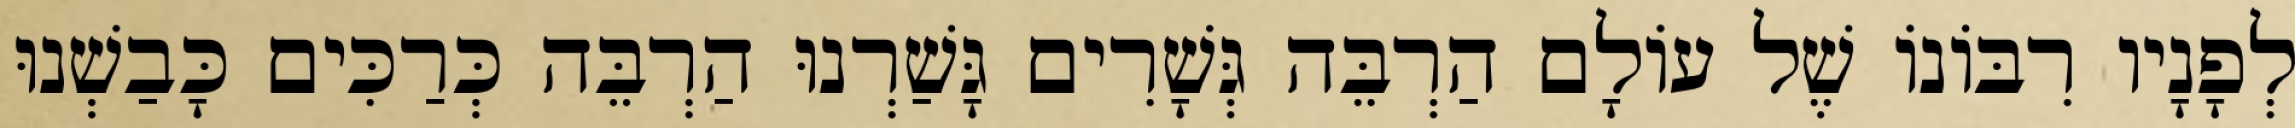
לְפָנָיו רִבּוֹנוֹ שֶׁל עוֹלָם הַרְבֵּה גְּשָׁרִים גָּשַׁרְנוּ הַרְבֵּה כְּרַכִּים כָּבַשְׁנוּ